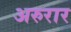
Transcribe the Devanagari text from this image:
अरुरार